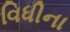
વિધીના